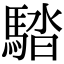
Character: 𩣯